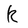
Character: k